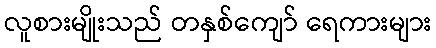
လူစားမျိုးသည် တနှစ်ကျော် ရေကားများ